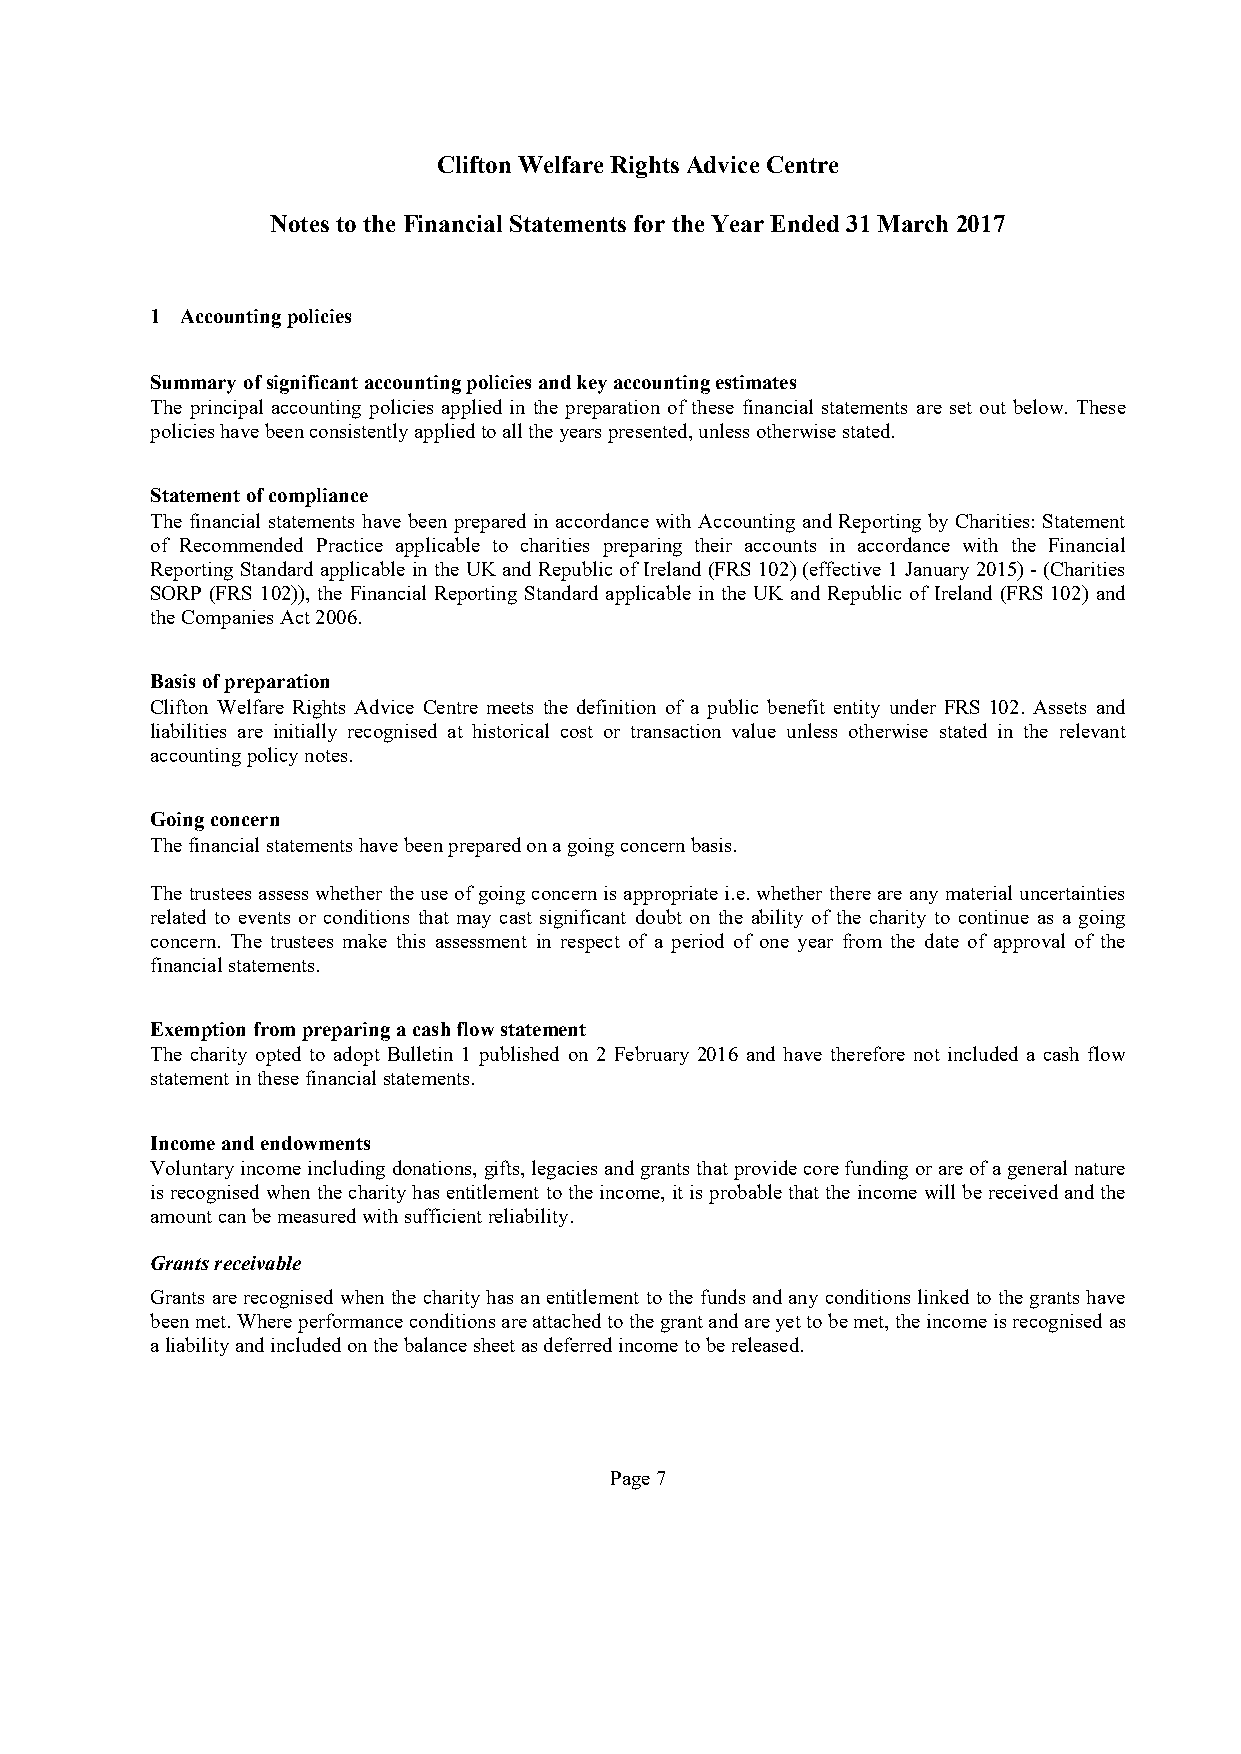
CliftonWelfareRights AdviceCentre
 Notes tothe Financial Statements fortheYear Ended31March 2017
 1 Accountingpolicies
 Summary ofsignificantaccountingpoliciesandkeyaccountingestimates
 The principal accounting policies applied in the preparation of these financial statements are set out below. These
 policieshavebeenconsistentlyappliedtoalltheyearspresented,unlessotherwisestated.
 Statementofcompliance
 The financial statements have been preparedin accordance with Accounting and Reporting by Charities: Statement
 of Recommended Practice applicable to charities preparing their accounts in accordance with the Financial
 Reporting Standardapplicableinthe UKand Republic ofIreland (FRS102)(effective 1January2015)-(Charities
 SORP (FRS 102)), the Financial Reporting Standard applicable in the UK and Republic of Ireland (FRS 102) and
 theCompaniesAct2006.
 Basisofpreparation
 Clifton Welfare Rights Advice Centre meets the definition of a public benefit entity under FRS 102. Assets and
 liabilities are initially recognised at historical cost or transaction value unless otherwise stated in the relevant
 accountingpolicynotes.
 Goingconcern
 Thefinancialstatementshavebeenpreparedonagoingconcernbasis.
 Thetrustees assess whether the use ofgoing concernisappropriatei.e.whether there areany material uncertainties
 related to events or conditions that may cast significant doubt on the ability of the charity to continue as a going
 concern. The trustees make this assessment in respect of a period of one year from the date of approval of the
 financialstatements.
 Exemptionfrompreparingacashflowstatement
 The charity opted to adopt Bulletin 1 published on 2 February 2016 and have therefore not included a cash flow
 statementinthesefinancialstatements.
 Incomeandendowments
 Voluntaryincome includingdonations,gifts,legaciesandgrantsthatprovidecorefundingorareofageneralnature
 isrecognised when thecharityhasentitlement tothe income, itisprobablethatthe income will bereceivedandthe
 amountcanbemeasuredwithsufficientreliability.
 Grantsreceivable
 Grantsarerecognised when the charityhas anentitlement tothe funds and any conditionslinked tothe grants have
 beenmet.Whereperformanceconditionsareattachedtothegrantandareyettobemet,theincome isrecognisedas
 aliabilityandincludedonthebalancesheetasdeferredincometobereleased.
 Page7